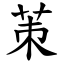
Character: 茦